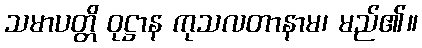
သမာပတ္တိ ဝုဋ္ဌာန ကုသလတာနာမ၊ မည်၏။